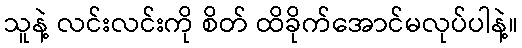
သူနဲ့ လင်းလင်းကို စိတ် ထိခိုက်အောင်မလုပ်ပါနဲ့။